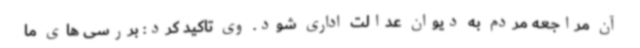
آن مراجعه مردم به دیوان عدالت اداری شود. وی تاکید کرد: بررسی های ما